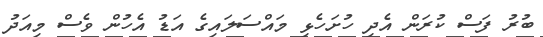
ބުރު ފަސް ކުރަން އެދި ހުށަހެޅި މައްސަލައިގެ އަޑު އެހުން ވެސް މިއަދު